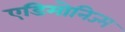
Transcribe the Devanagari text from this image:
एडिमोनिज्म